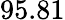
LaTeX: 95.81